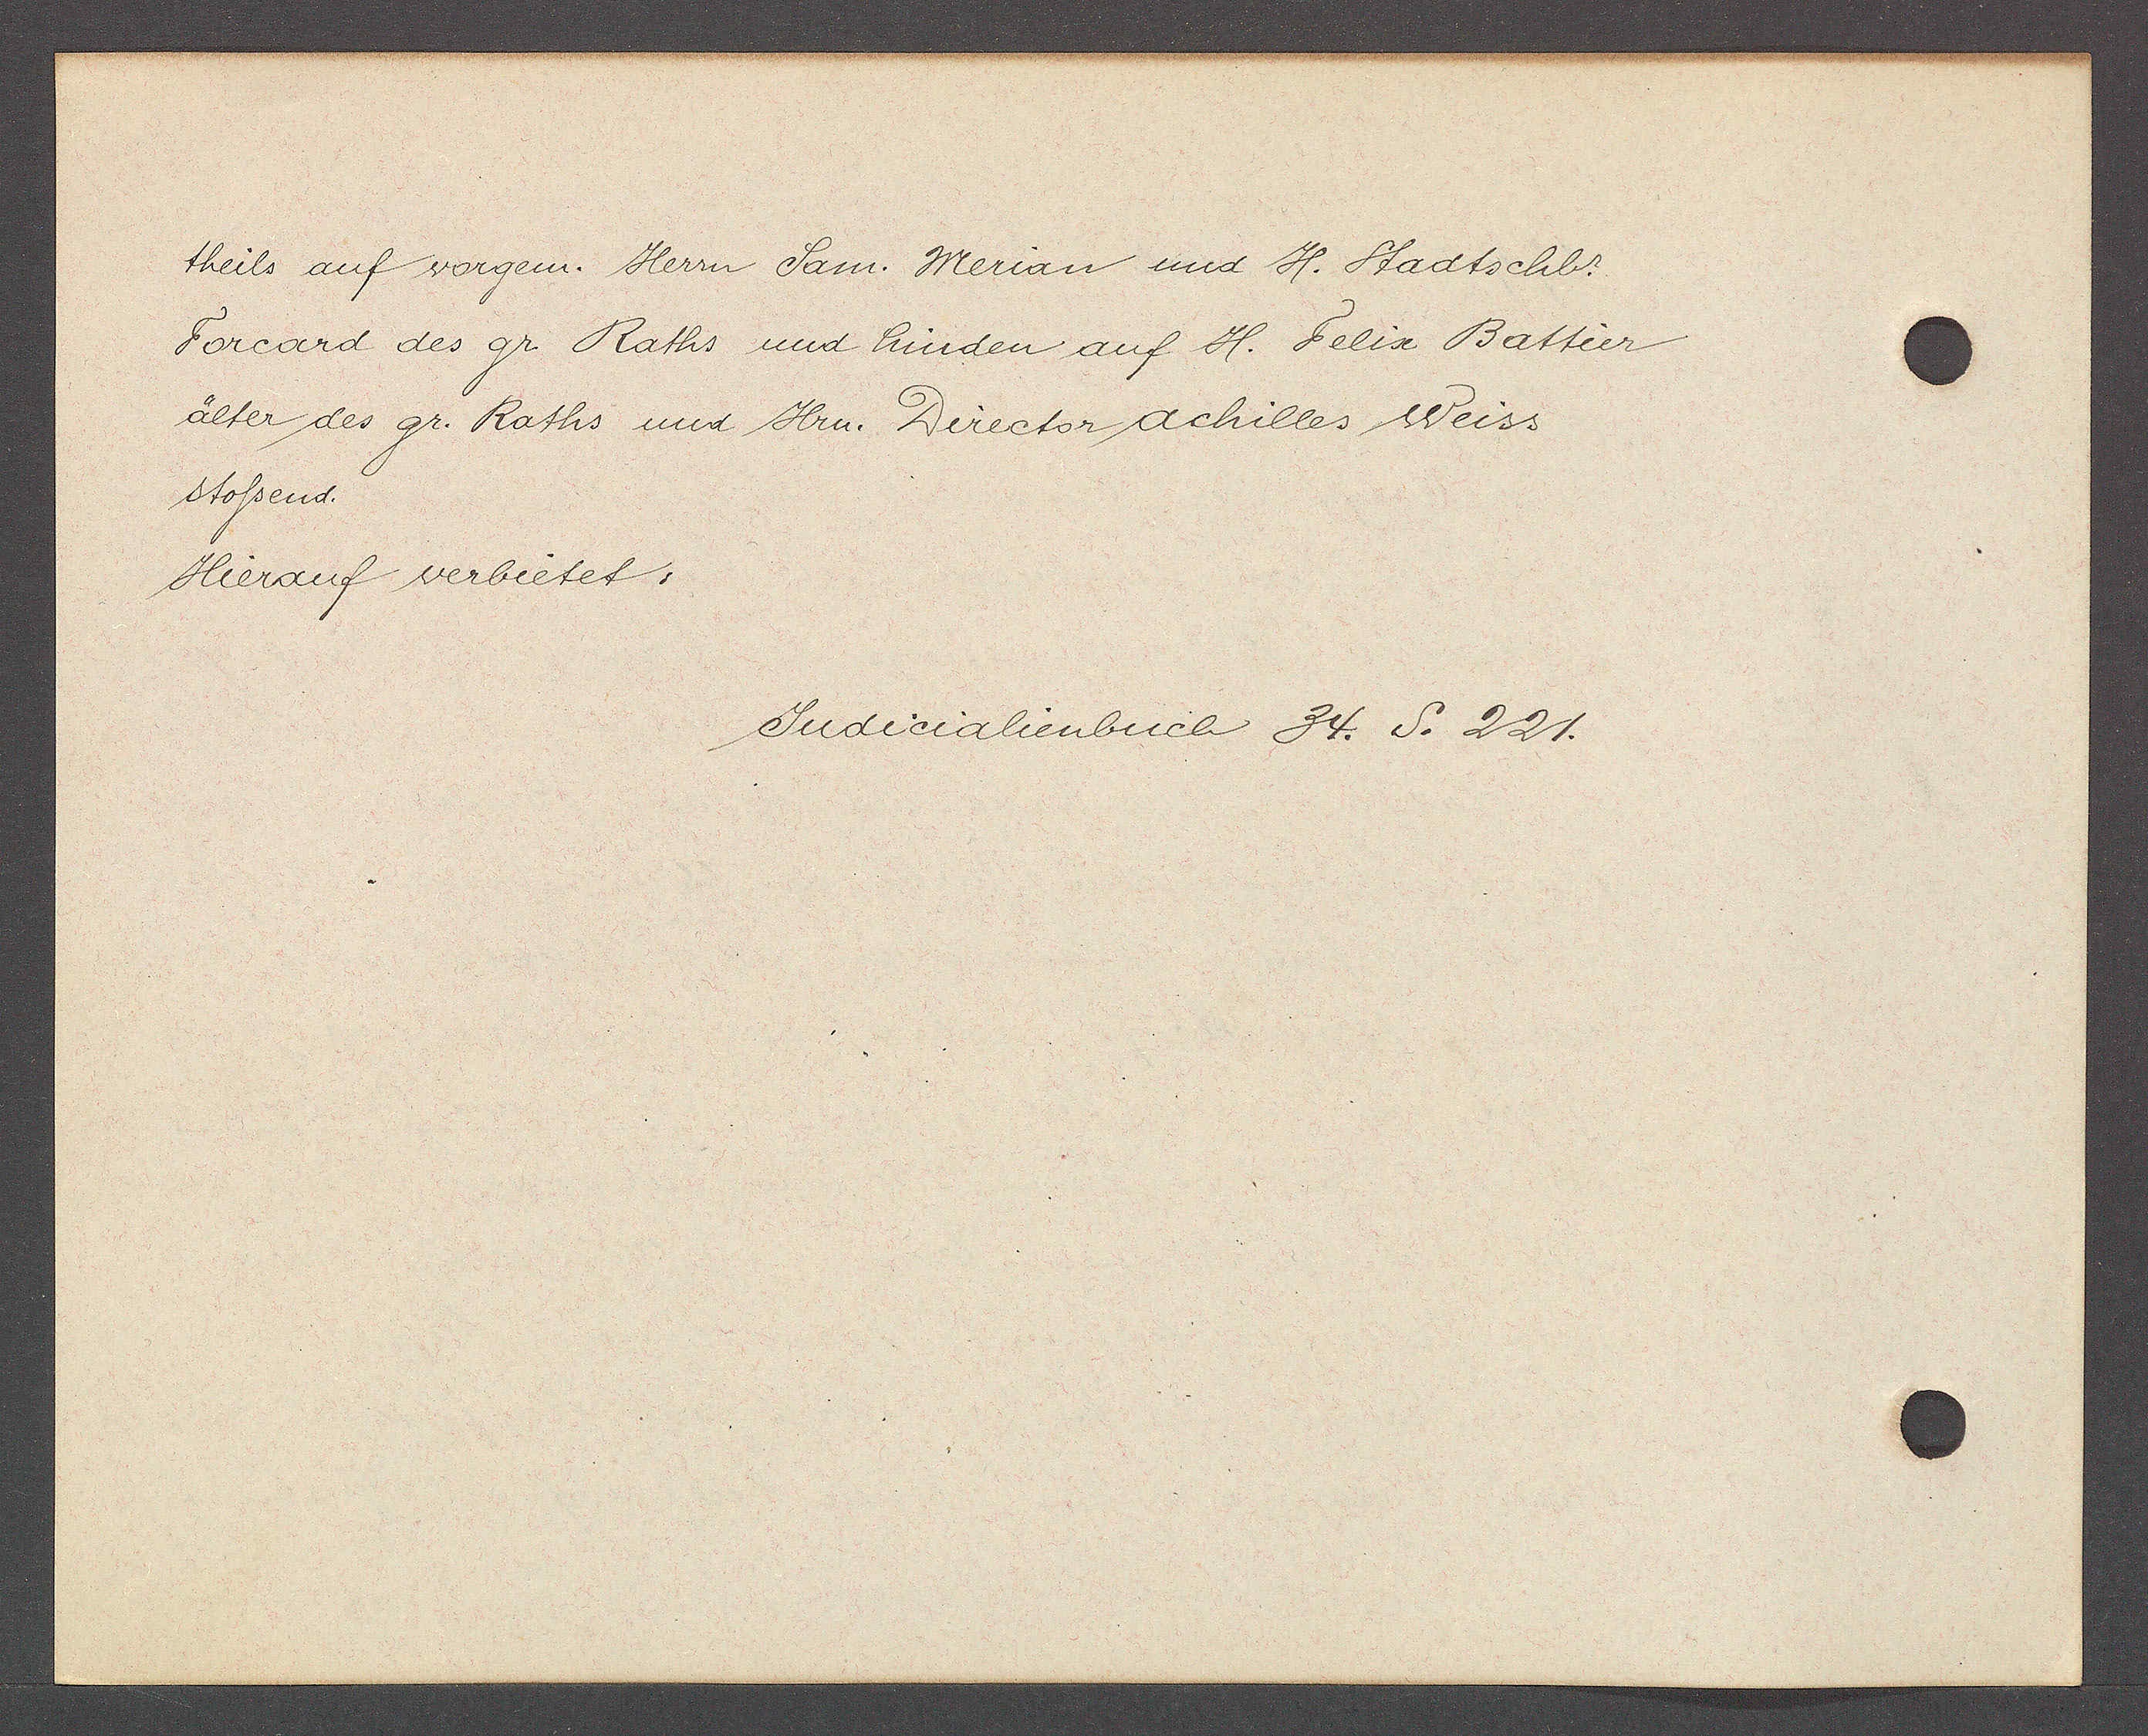
Transcript:
theils auf vorgem. Herrn Sam. Merian unnd H. Stadtschbr.
Forcard des gr. Raths und hinden auf H. Felix Battier
alter des gr. Raths und Hrn. Director achilles Weiss
stossend.
Hierauf verbietet:

Judicialienbuch 34. S. 221.